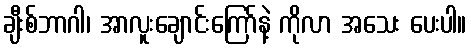
ချီးစ်ဘာဂါ၊ အာလူးချောင်းကြော်နဲ့ ကိုလာ အသေး ပေးပါ။